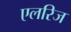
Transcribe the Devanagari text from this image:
एलरिज